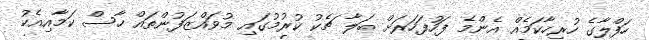
ހަފްލާގެ ހުރިހާކަމެއް އެންމެ ފަހުފަހަރަށް ބަލާ ޗެކު ކުރުމުގައި މުވައްޒަފުންތައް ހާސް ކަމާއިއެކު